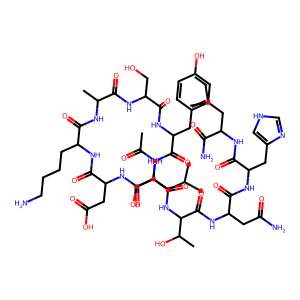
SMILES: CC(=O)NC(CC(C)C)C(=O)NC(CC(=O)O)C(=O)NC(CCCCN)C(=O)NC(C)C(=O)NC(CO)C(=O)NC(Cc1ccc(O)cc1)C(=O)NC(CO)C(=O)NC(C(=O)NC(CC(N)=O)C(=O)NC(Cc1c[nH]cn1)C(=O)NC(CC(C)C)C(N)=O)C(C)O
Inhibits HIV replication: No